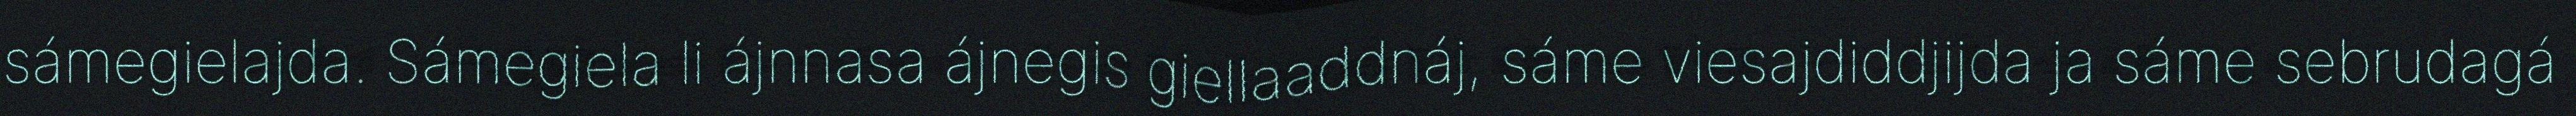
sámegielajda. Sámegiela li ájnnasa ájnegis giellaaddnáj, sáme viesajdiddjijda ja sáme sebrudagá